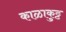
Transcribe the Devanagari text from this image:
काळाकुट्ट